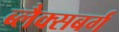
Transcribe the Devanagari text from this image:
ब्लैक्सबर्ग